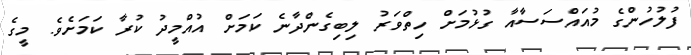
ފުލުހުންގެ މުއައްސަސާއާ ގުޅުމަށް ހިތްވަރު ލިބިގެންދާނެ ކަމަށް އުއްމީދު ކުރާ ކަމަށެވެ. މީގެ